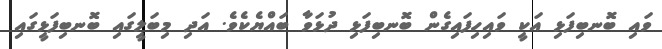
ވައި ބޮނބިފަޅި އަކީ ވައިހިފައިގެން ބޮނބިފަޅި ދުޅަވާ ބައްޔެކެވެ. އަދި މިބަލީގައި ބޮނބިފަޅީގައި